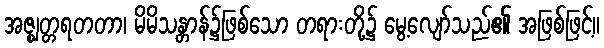
အဇ္ဈတ္တရတတာ၊ မိမိသန္တာန်၌ဖြစ်သော တရားတို့၌ မွေ့လျော်သည်၏ အဖြစ်ဖြင့်။